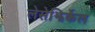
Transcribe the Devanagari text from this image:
लेसेझिर्केल